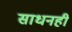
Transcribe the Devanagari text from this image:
साधनही